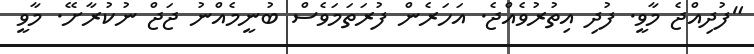
"ފުދިއްޖެ މާވީ. ފުދި އިތުރުވެއްޖެ. އަހަރެން ފުރަތަމަވެސް ބުނީމެއްނު ޖަޖް ނުކުރާށޭ. މާވީ